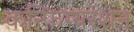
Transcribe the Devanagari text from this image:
कन्फिग्यरेशन